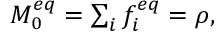
\begin{array} { r } { M _ { 0 } ^ { e q } = \sum _ { i } { f _ { i } ^ { e q } } = \rho , } \end{array}